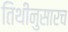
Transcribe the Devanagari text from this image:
तिथीनुसारच